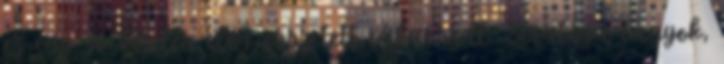
ez egy jó kérdés elég összetett válasszal. Stratéga vagyok,